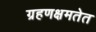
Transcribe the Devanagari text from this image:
ग्रहणक्षमतेत